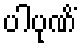
ပါပုဏိံ